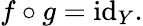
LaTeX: f\circ g=\operatorname{id}_{Y}.